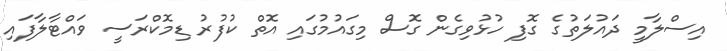
އިސްލާމީ ދައުލަތުގެ ގޮފި ހުޅުވިގެން ގޮސް މިގައުމުގައި އޮތް ކުފުރު ޑިމޮކްރަސީ ވައްޓާލާފައި